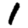
Digit: 1